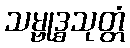
သမ္ဗုဒ္ဓသုတ္တံ